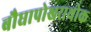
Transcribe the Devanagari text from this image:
बौघापोखराथोक